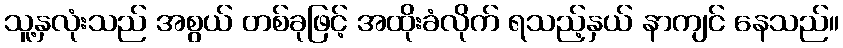
သူ့နှလုံးသည် အစွယ် တစ်ခုဖြင့် အထိုးခံလိုက် ရသည့်နှယ် နာကျင် နေသည်။